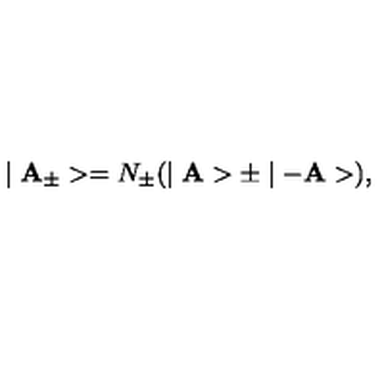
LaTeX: \mid { \bf A _ { \pm } } > = N _ { \pm } ( \mid { \bf A } > \pm \mid - { \bf A } > ) ,